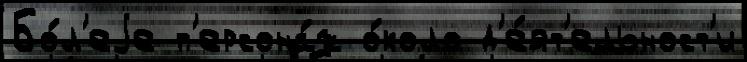
Бо́л'еjе п'ерсона́ж о́коло д'е́ят'ельност'и